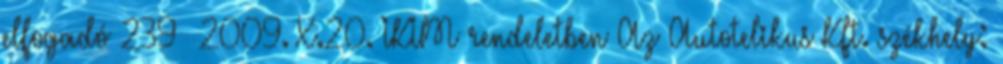
elfogadó 239 2009. X.20. IKIM rendeletben Az Autotelikus Kft. székhely: